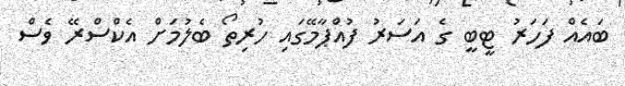
ބައެއް ފަހަރު ޓީބީ ގެ އަސަރު ފުއްޕާމޭގައި ހުރިތޯ ބެލުމަށް އެކްސްރޭ ވެސް